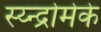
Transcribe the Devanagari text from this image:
स्य्न्द्रोमेके